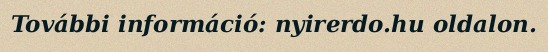
További információ: nyirerdo.hu oldalon.